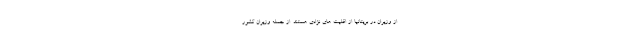
از وزیران در بریتانیا از اقلیت های نژادی هستند. از جمله وزیران کشور